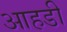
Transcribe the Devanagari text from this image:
आहडी